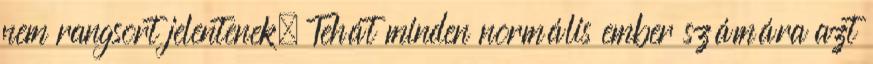
nem rangsort jelentenek. Tehát minden normális ember számára azt